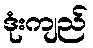
ဒုံးကျည်